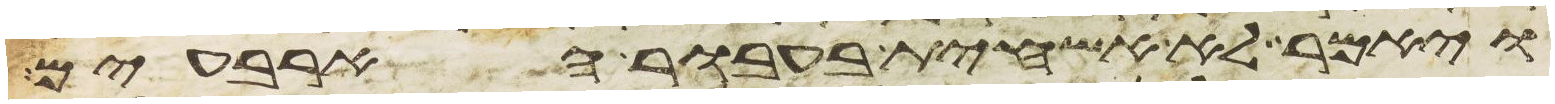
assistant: ויאמר לא אשחית בעבור הארבעים